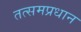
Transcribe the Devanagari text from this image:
तत्समप्रधान